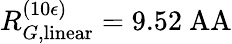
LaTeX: R_{G,\mathrm{linear}}^{(10\epsilon)}=9.52\mathrm{\ AA}